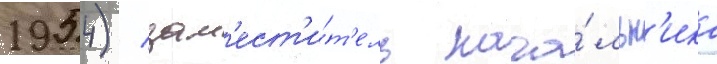
1954) / зам'ест'и́т'ель нача́льн'ика